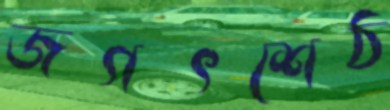
জগৎশেঠ